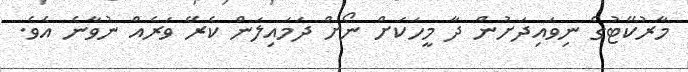
މާރުކޭޓުގެ ނިވައިދަށުން ދާ މީހަކަށް ނޯށް ދަމައިލަން ކެރޭ ވަރެއް ނުވާނެ އެވެ.